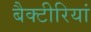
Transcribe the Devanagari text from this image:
बैक्टीरियां